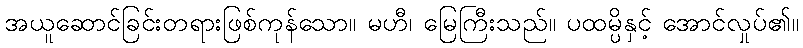
အယူဆောင်ခြင်းတရားဖြစ်ကုန်သော။ မဟီ၊ မြေကြီးသည်။ ပထမ္ပိနှင့် အောင်လှုပ်၏။